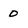
Character: 0